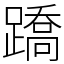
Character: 蹻